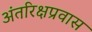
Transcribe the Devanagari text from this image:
अंतरिक्षप्रवास